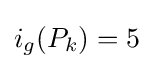
i_{g}(P_{k})=5